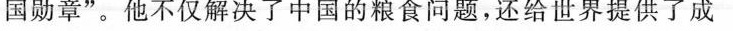
国勋章”。他不仅解决了中国的粮食问题，还给世界提供了成